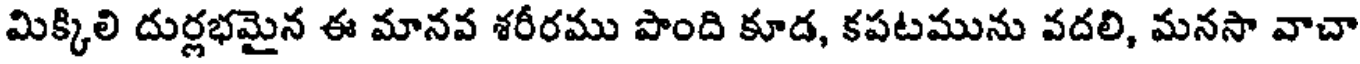
మిక్కిలి దుర్లభమైన ఈ మానవ శరీరము పొంది కూడ, కపటమును వదలి, మనసా వాచా